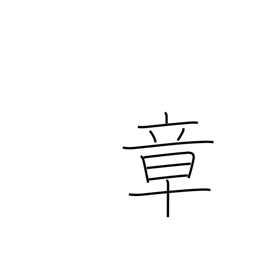
Meaning: chapter